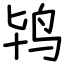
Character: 鸨